Trukikaitis_Postimees, lk 33
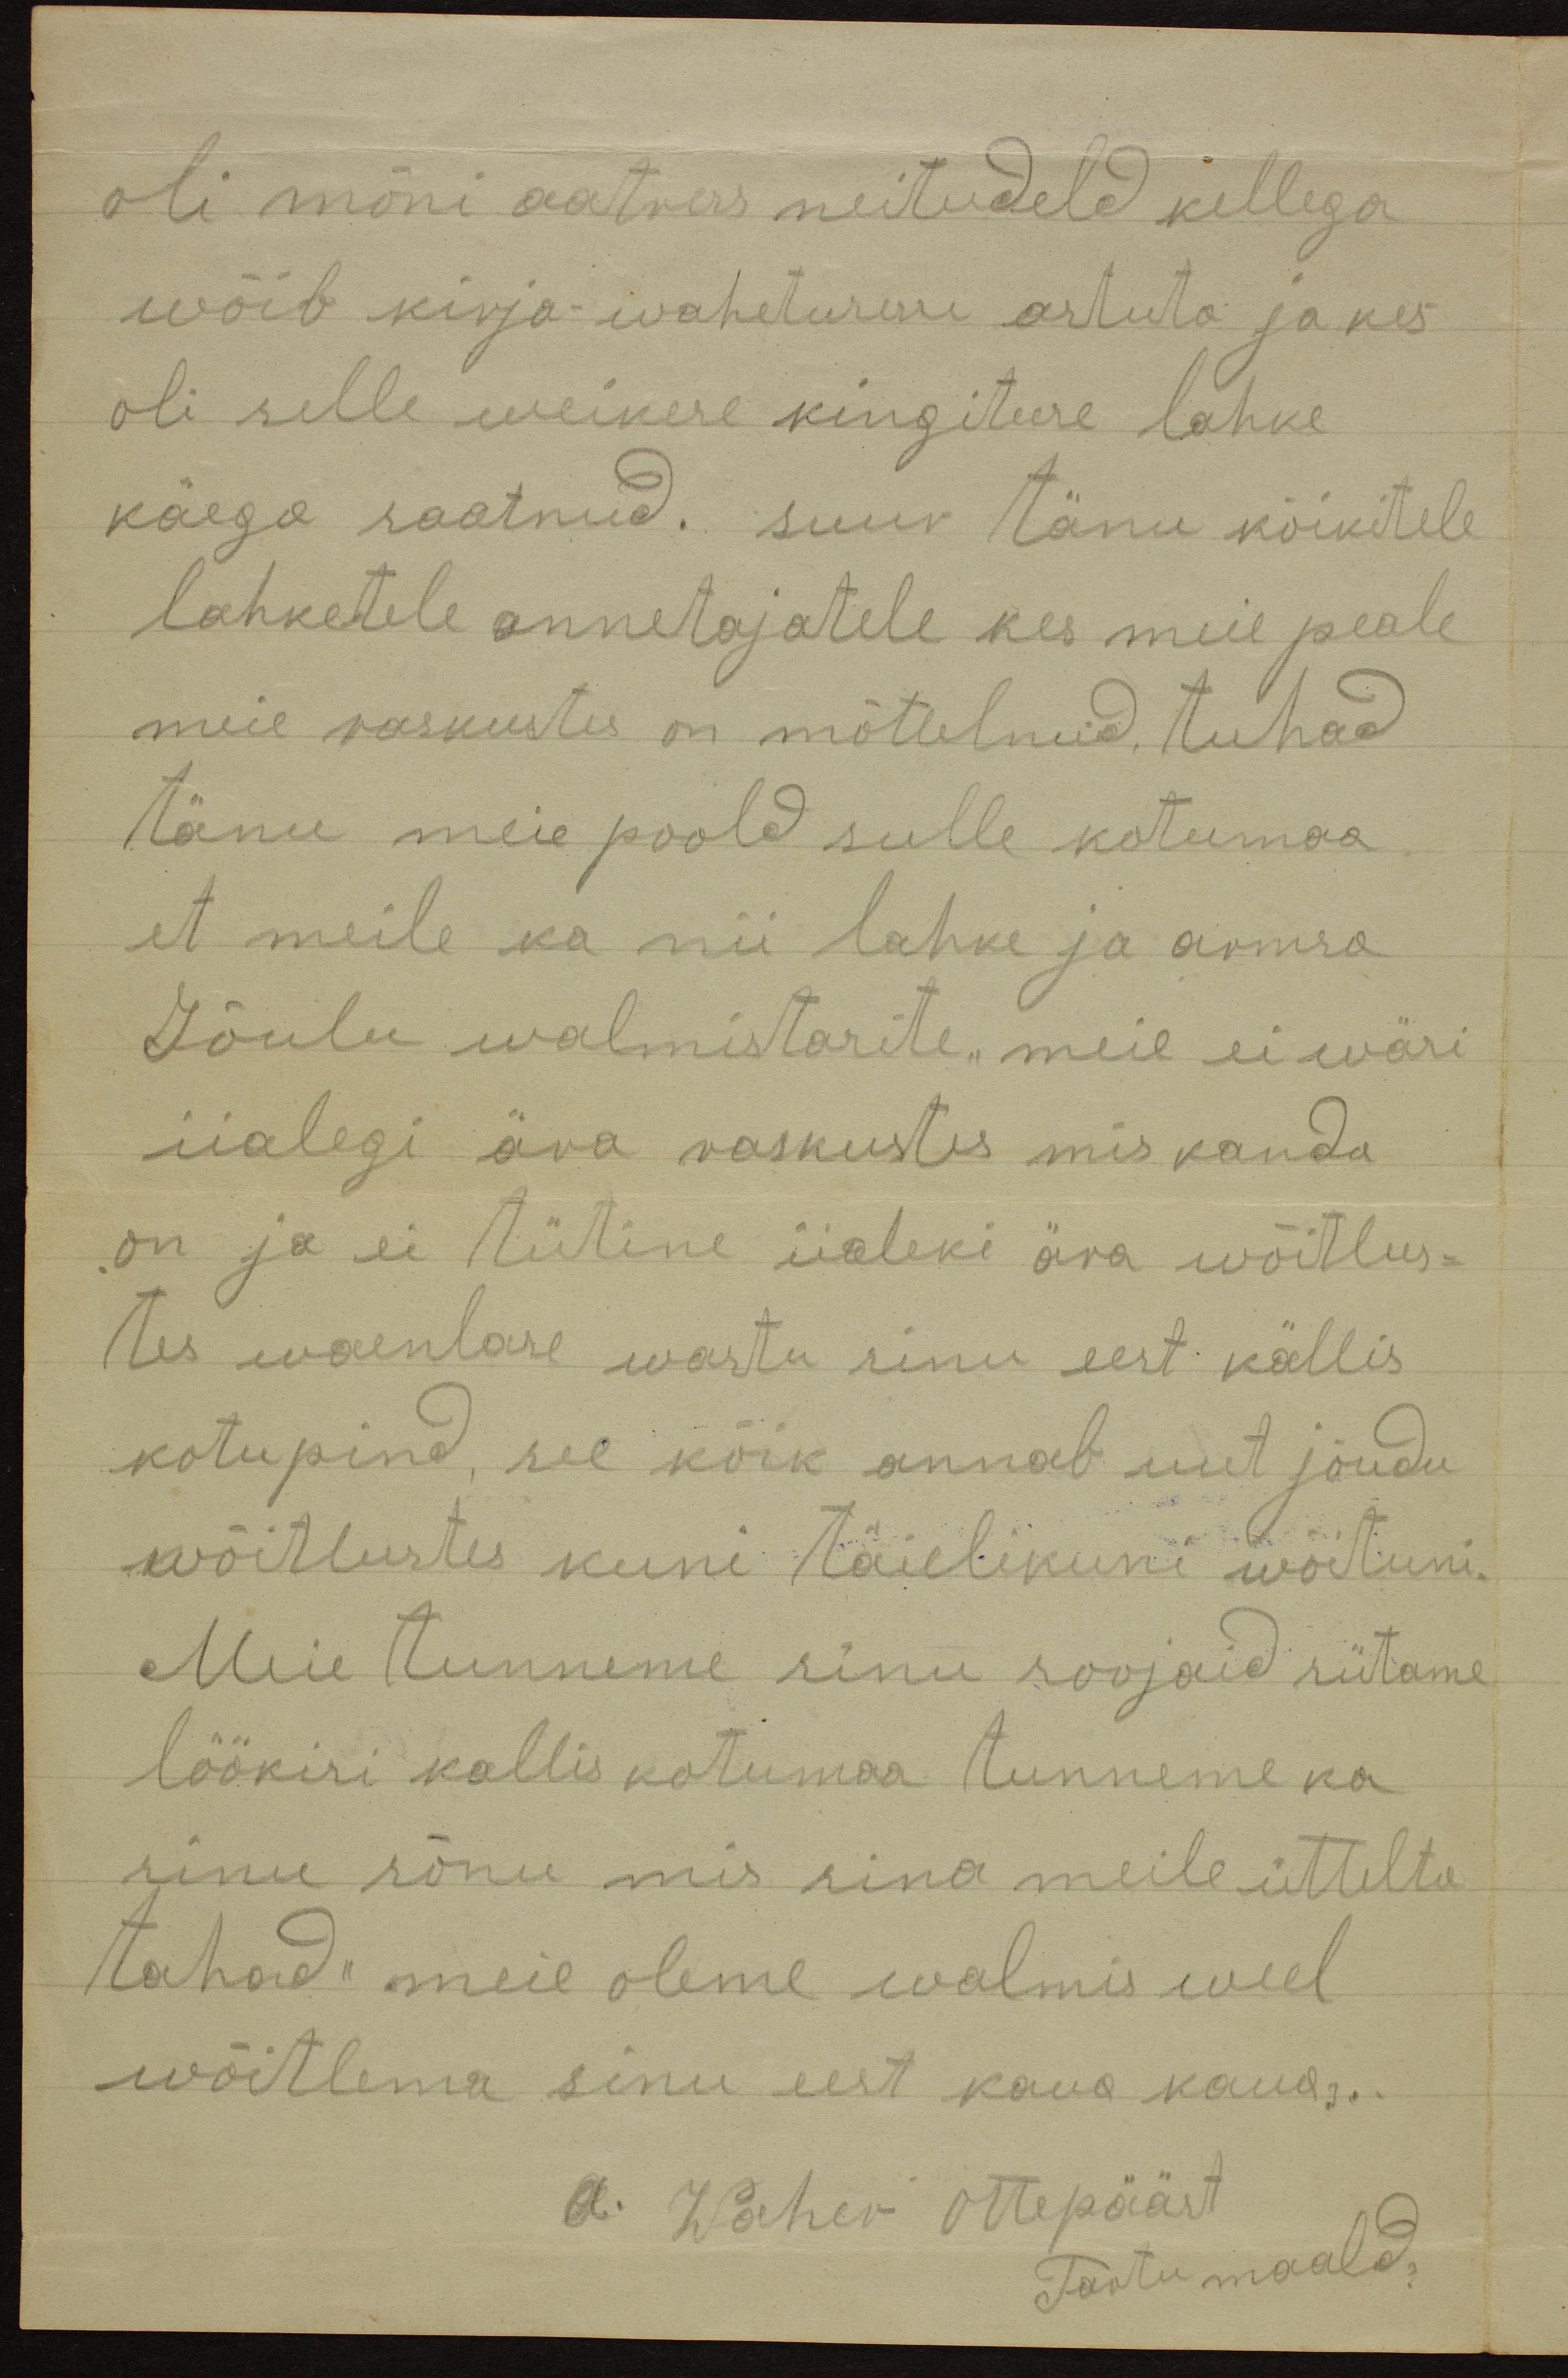
oli mõni aatress neitudeld kellega
wõib kirja wahetuses astuta ja kes
oli selle weikese kingiteere lahke
käega saatnud. suur tänu kõikitele
lahketele annetajatele kes meie peale
meie raskustes on mõtlelnud, tuhad
Tänu meie poold sulle kotumaa
et meile ka nii lahke ja armsa
Jõulu walmistasite meie ei wäri
iialegi ära raskustes mis kanda
on ja ei tütine iialeki ära wõitlus-
tes waenlase wastu sinu eest kallis
kotupind, see kõik annab uut jõudu
wõitlustes kuni täielikuni wõetuni.
Meie tunneme sinu soojaid sütame
löökisi kallis kotumaa tunneme ka
sinu sõnu mis sina meile üttelta
tahad: meie oleme walmis weel
wõitlema sinu eest kaua kaua...
a. Waher Ottoepääst
Tartu maald.